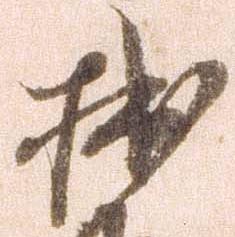
拙